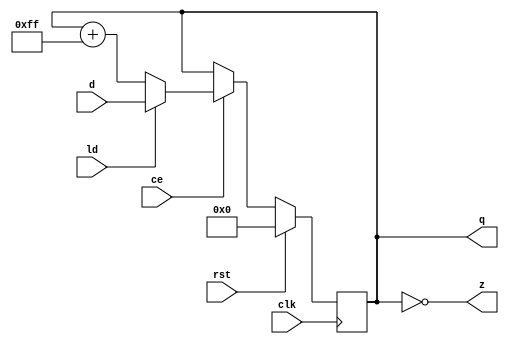
// ============================================================================
//  down_counter.v
//  - counts down
//
//
//	2010  Robert Finch
//	pfingh>remove<@birdcomputer.ca
//
//
//  This source code is available for evaluation and validation purposes
//  only. This copyright statement and disclaimer must remain present in
//  the file.
//
//
//	NO WARRANTY.
//  THIS Work, IS PROVIDEDED "AS IS" WITH NO WARRANTIES OF ANY KIND, WHETHER
//  EXPRESS OR IMPLIED. The user must assume the entire risk of using the
//  Work.
//
//  IN NO EVENT SHALL THE AUTHOR OR CONTRIBUTORS BE LIABLE FOR ANY
//  INCIDENTAL, CONSEQUENTIAL, OR PUNITIVE DAMAGES WHATSOEVER RELATING TO
//  THE USE OF THIS WORK, OR YOUR RELATIONSHIP WITH THE AUTHOR.
//
//  IN ADDITION, IN NO EVENT DOES THE AUTHOR AUTHORIZE YOU TO USE THE WORK
//  IN APPLICATIONS OR SYSTEMS WHERE THE WORK'S FAILURE TO PERFORM CAN
//  REASONABLY BE EXPECTED TO RESULT IN A SIGNIFICANT PHYSICAL INJURY, OR IN
//  LOSS OF LIFE. ANY SUCH USE BY YOU IS ENTIRELY AT YOUR OWN RISK, AND YOU
//  AGREE TO HOLD THE AUTHOR AND CONTRIBUTORS HARMLESS FROM ANY CLAIMS OR
//  LOSSES RELATING TO SUCH UNAUTHORIZED USE.
//
//
//	Verilog 1995
// ============================================================================

module down_counter(rst, clk, ce, ld, d, q, z);
parameter WID=8;
input rst;
input clk;
input ce;
input ld;
input [WID:1] d;
output [WID:1] q;
reg [WID:1] q;
output z;

always @(posedge clk)
	if (rst)
		q <= 0;
	else if (ce) begin
		if (ld)
			q <= d;
		else
			q <= q + {WID{1'b1}};
	end

assign z = q == 0;

endmodule